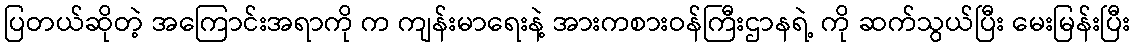
ပြတယ်ဆိုတဲ့ အကြောင်းအရာကို က ကျန်းမာရေးနဲ့ အားကစားဝန်ကြီးဌာနရဲ့ ကို ဆက်သွယ်ပြီး မေးမြန်းပြီး